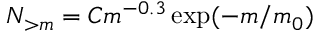
N _ { > m } = C m ^ { - 0 . 3 } \exp ( - m / m _ { 0 } )